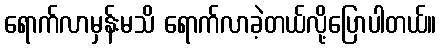
ရောက်လာမှန်းမသိ ရောက်လာခဲ့တယ်လို့ပြောပါတယ်။